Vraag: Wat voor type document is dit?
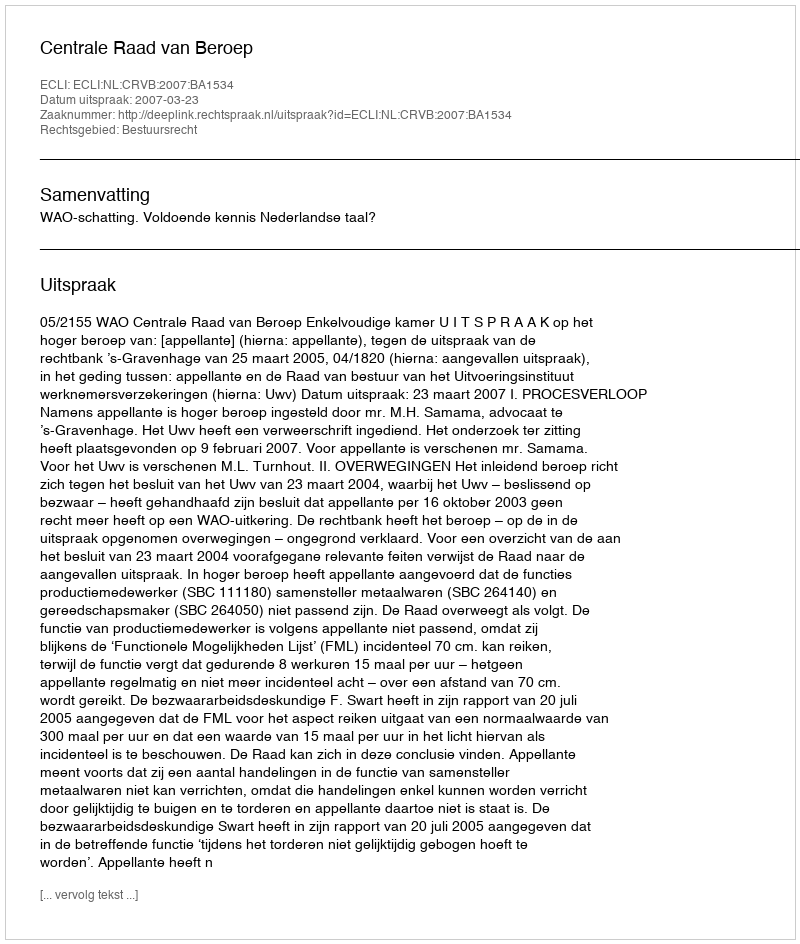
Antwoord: Uitspraak